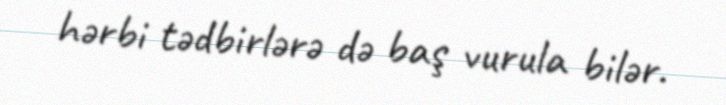
hərbi tədbirlərə də baş vurula bilər.